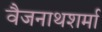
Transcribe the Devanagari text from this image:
वैजनाथशर्मा